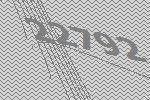
22792